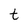
Character: t